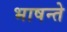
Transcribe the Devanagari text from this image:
भाषन्ते